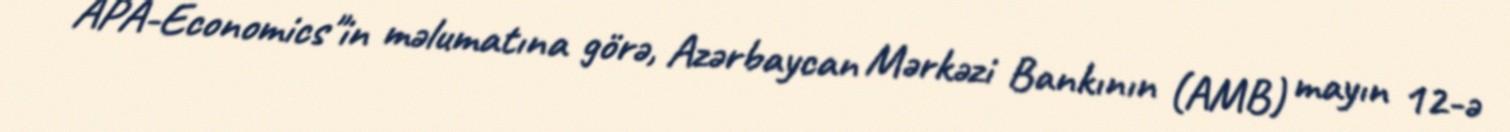
APA-Economics"in məlumatına görə, Azərbaycan Mərkəzi Bankının (AMB) mayın 12-ə